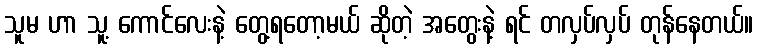
သူမ ဟာ သူ့ ကောင်လေးနဲ့ တွေ့ရတော့မယ် ဆိုတဲ့ အတွေးနဲ့ ရင် တလှပ်လှပ် တုန်နေတယ်။